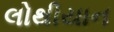
લોથીયાન